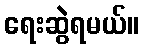
ရေးဆွဲရမယ်။